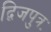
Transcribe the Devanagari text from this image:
द्विजपुत्रः